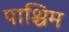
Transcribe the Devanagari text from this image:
पाश्चिम